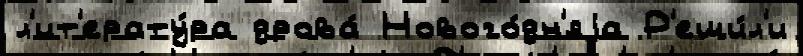
л'ит'ерату́ра дрова́ Нового́дн'яjа Р'еши́л'и